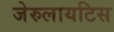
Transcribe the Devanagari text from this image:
जेरुलायटिस